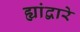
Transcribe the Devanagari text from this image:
ह्यांद्वारे